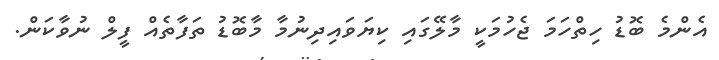
އެންމެ ބޮޑު ހިތްހަމަ ޖެހުމަކީ މާލޭގައި ކިޔަވައިދިނުމާ މާބޮޑު ތަފާތެއް ފީލް ނުވާކަން.